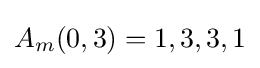
A_{m}(0,3)=1,3,3,1